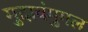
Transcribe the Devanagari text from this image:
मुदावंमुगल